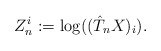
\begin{align*} Z^i_n:=\log((\hat T_nX)_i).\end{align*}